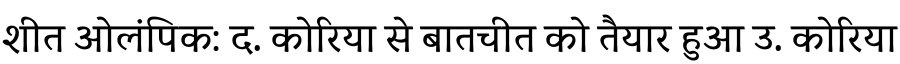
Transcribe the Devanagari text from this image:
शीत ओलंपिक: द. कोरिया से बातचीत को तैयार हुआ उ. कोरिया